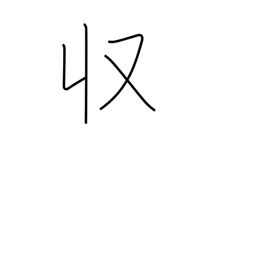
Meaning: income